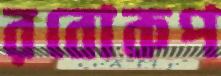
রবোকপ